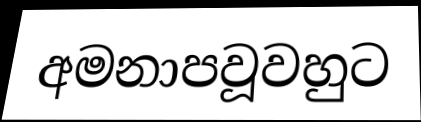
අමනාපවූවහුට